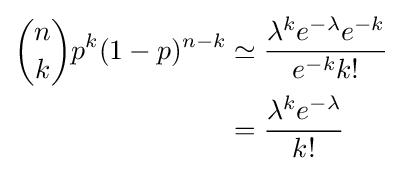
{\begin{aligned}{n \choose k}p^{k}(1-p)^{n-k}&\simeq {\frac {\lambda ^{k}e^{-\lambda }e^{-k}}{e^{-k}k!}}\\&={\frac {\lambda ^{k}e^{-\lambda }}{k!}}\end{aligned}}